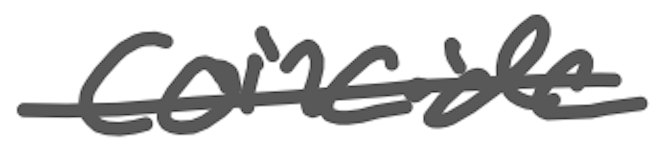
Text: coincide
Cross-out: single-line
Writing tool: digital_gray